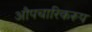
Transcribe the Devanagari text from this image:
औपचारिकरूप